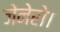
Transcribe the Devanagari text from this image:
जेनेरो।